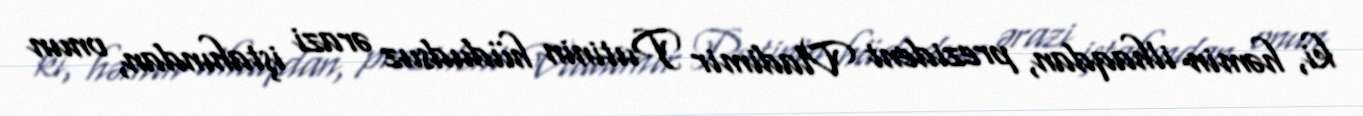
ki, həmin ilhaqdan, prezident Vladimir Putinin hüdudsuz ərazi iştahından, onun